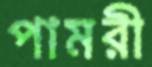
পামরী